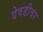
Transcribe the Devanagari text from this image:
देवडीवर